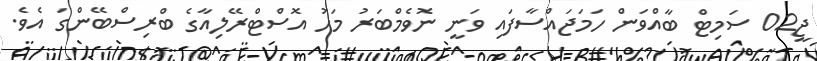
ޖީ02 ސަމިޓް ބާއްވަން ހަމަޖައްސާފައި ވަނީ ނޮވެމްބަރު މަހު އޮސްޓްރޭލިއާގެ ބްރިސްބޭންގަ އެވެ.